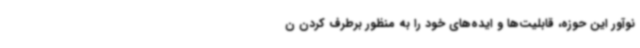
نوآور این حوزه، قابلیت‌ها و ایده‌های خود را به منظور برطرف کردن ن